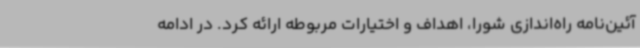
آئین‌نامه راه‌اندازی شورا، اهداف و اختیارات مربوطه ارائه کرد. در ادامه